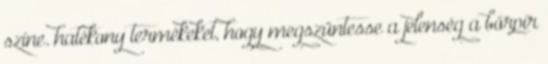
szine. hatékony termékeket, hogy megszüntesse a jelenség a bőrpír